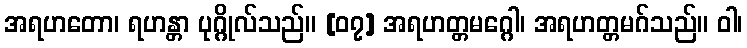
အရဟတော၊ ရဟန္တာ ပုဂ္ဂိုလ်သည်။ [၀၇] အရဟတ္တမဂ္ဂေါ၊ အရဟတ္တမဂ်သည်။ ဝါ၊